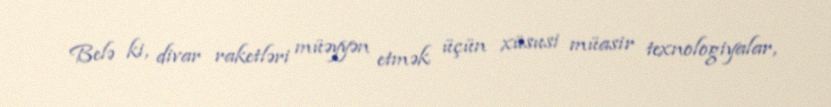
Belə ki, divar raketləri müəyyən etmək üçün xüsusi müasir texnologiyalar,